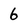
Character: 6